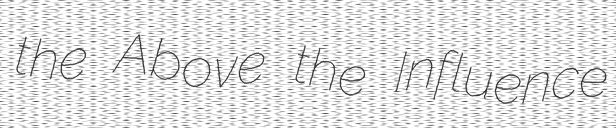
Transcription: the Above the Influence